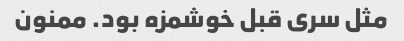
مثل سری قبل خوشمزه بود. ممنون